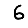
Digit: 6